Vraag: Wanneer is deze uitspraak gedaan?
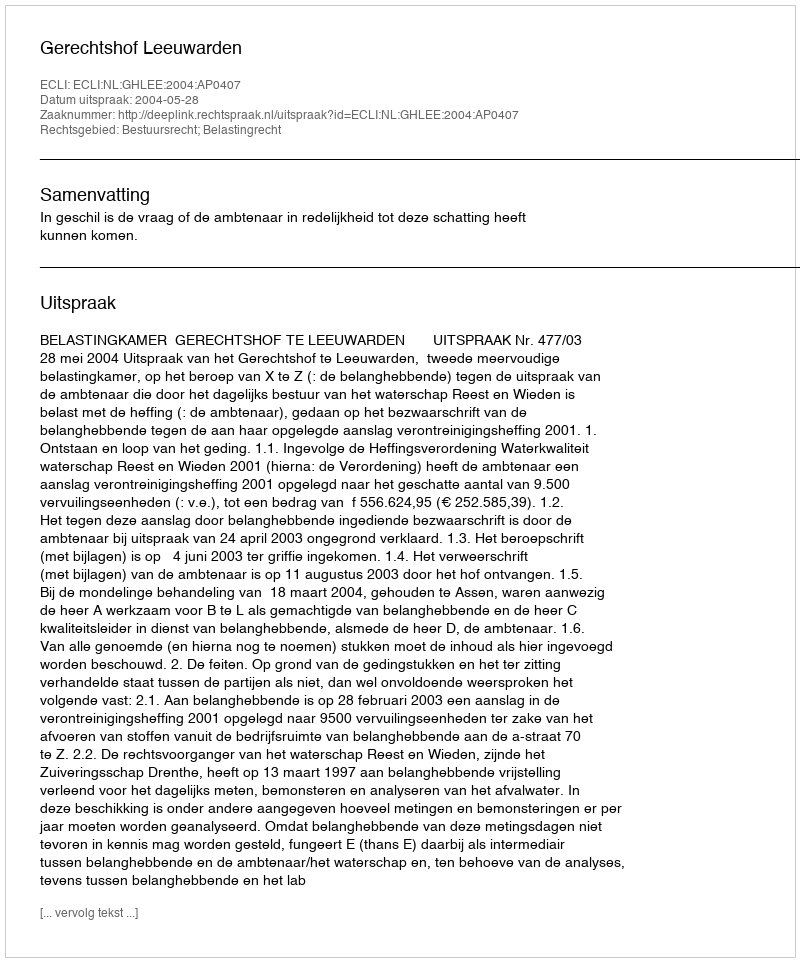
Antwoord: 2004-05-28